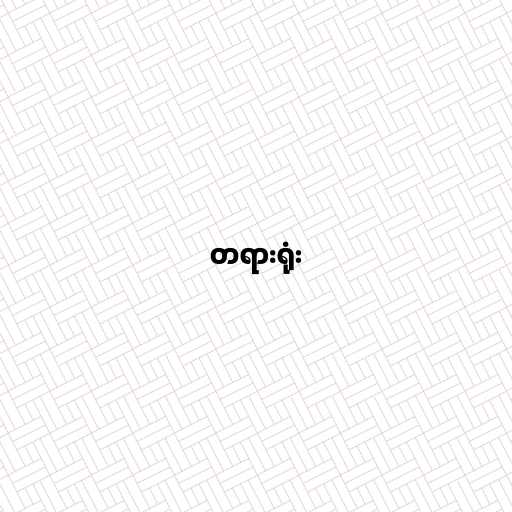
တရားရုံး